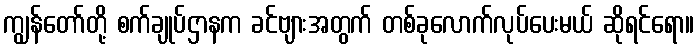
ကျွန်တော်တို့ စက်ချုပ်ဌာနက ခင်ဗျားအတွက် တစ်ခုလောက်လုပ်ပေးမယ် ဆိုရင်ရော။